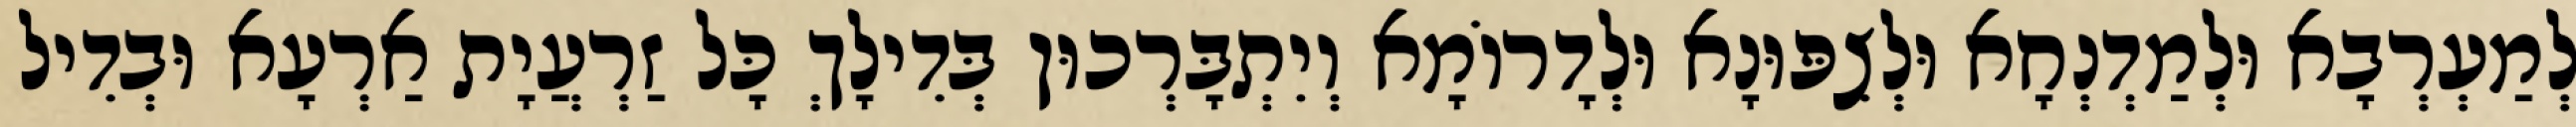
לְמַעְרְבָא וּלְמַדְנְחָא וּלְצִפּוּנָא וּלְדָרוֹמָא וְיִתְבָּרְכוּן בְּדִילָךְ כָּל זַרְעֲיָת אַרְעָא וּבְדִיל